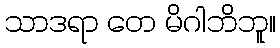
သာဒရာ တေ မိဂါဘိဘူ။